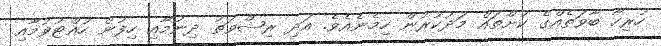
ހުރިހާ ބާވަތެއްގެ ކުށްތައް މަދުކުރުން ހިމެނެއެވެ. އަދި ރިޝްވަތު ދިނުމާއި ހިފުން ހުއްޓުވުމާއި